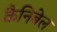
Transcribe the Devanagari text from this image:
कैनिबेल